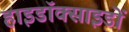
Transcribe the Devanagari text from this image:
हाइडॉक्साइडों